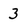
Character: 3